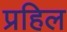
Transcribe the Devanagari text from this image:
प्रहिल